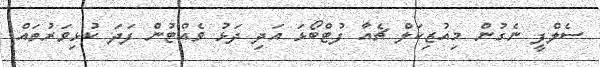
ސެލްފީ ނެގުން މިއުޒިކަލް ޗެއާ ފުޓްބޯޅަ އަދި ދަޅު ވެއްޓުން ފަދަ ކުޅިވަރުތައް